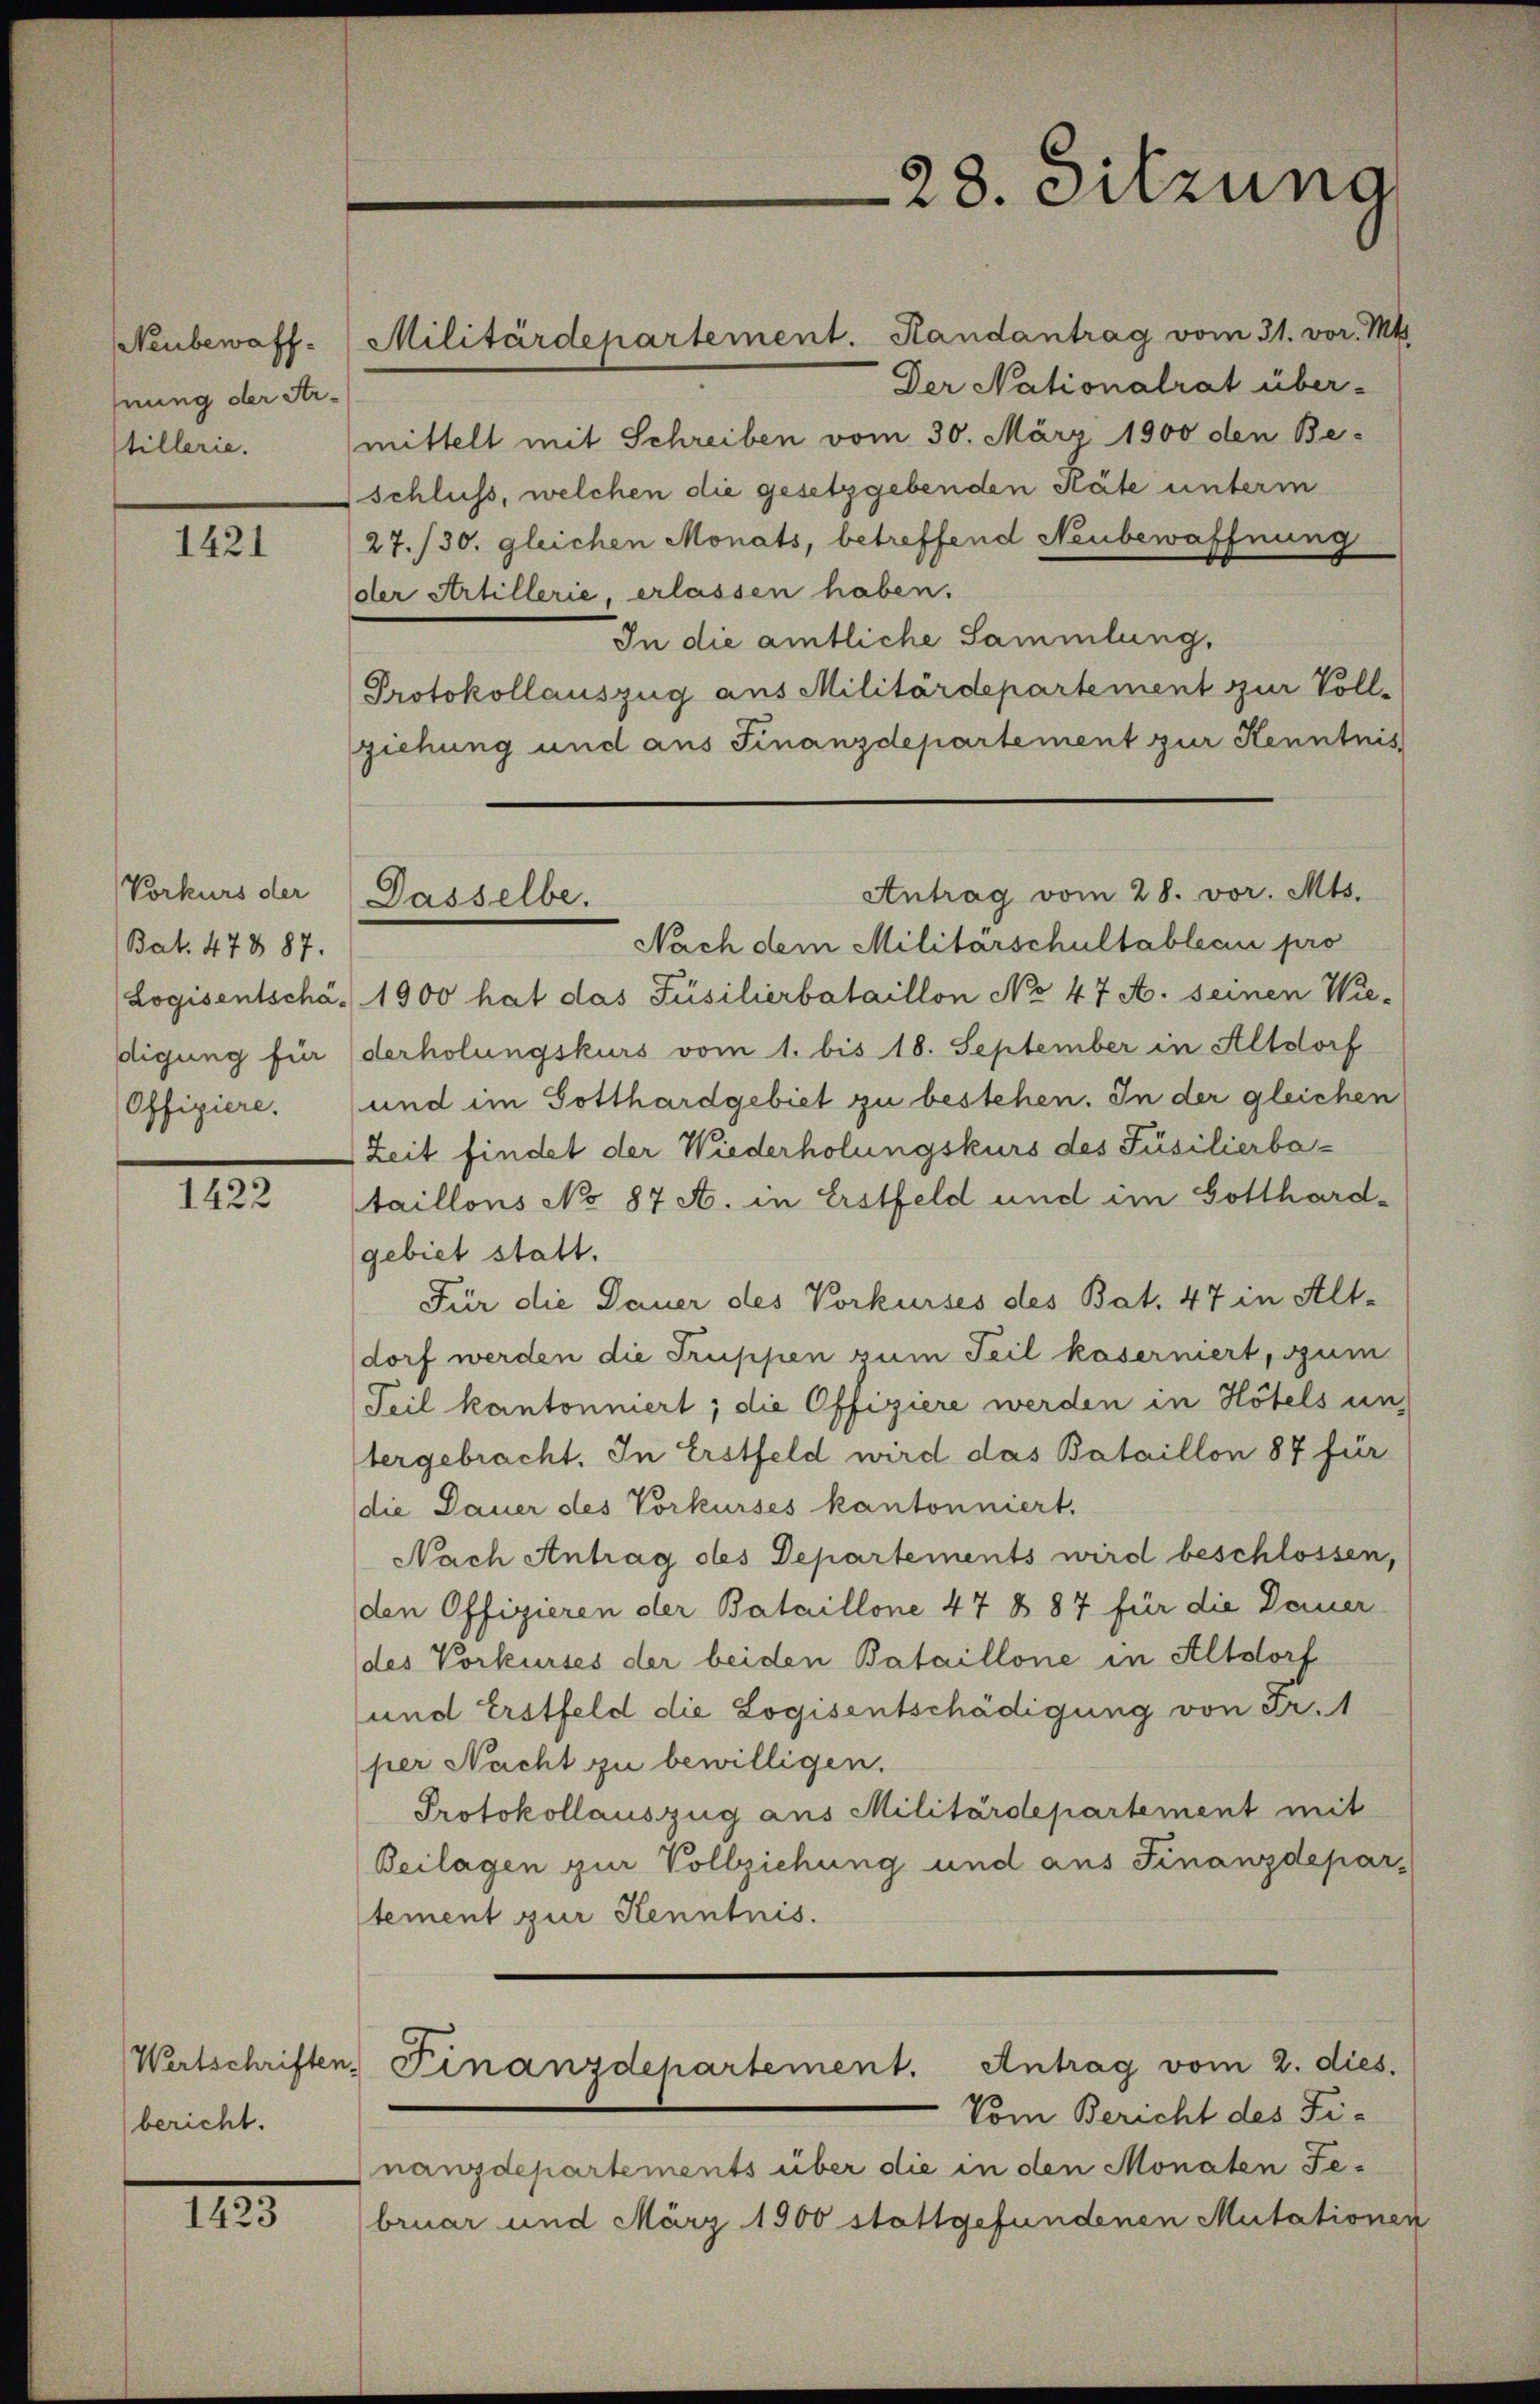
Neubewaffnung der Artillerie.

1421

Vorkurs der
Bat. 478 87.
(Logis entschädigung für
Offiziere.

1422

Wertschriften.
bericht.

1423

Militärdepartement. Handantrag vom 31. vor. Mts.
Der Nationalrat über-
mittelt mit Schreiben vom 30. März 1900 den Be-
schluss, welchen die gesetzgebenden Räte unterm
27./30. gleichen Monats, betreffend Neubewaffnung
der Artillerie, erlassen haben.
In die amtliche Sammlung,
Protokollauszug aus Militärdepartement zur Voll-
ziehung und aus Finanzdepartement zur Kenntnis
Nach dem Militarschultableau pro
1900 hat das Füsilierbataillon No 47 A. seinen Wie-
derholungskurs vom 1. bis 18. September in Altdorf
und im Gotthardgebiet zu bestehen. In der gleichen
Zeit findet der Wiederholungskurs des Püsilierbataillons No 87 A. in Erstfeld und im Gotthard-
gebiet statt.
Für die Dauer des Vorkurses des Bat. 47 in Alt-
dorf werden die Truppen zum Teil kaserniert, zum
Teil kantonniert; die Offiziere werden in Hotels un
tergebracht. In Erstfeld wird das Bataillon 87 für
die Dauer des Vorkurses kantonniert.
Nach Antrag des Departements wird beschlossen,
den Offizieren der Bataillone 47 § 87 für die Dauer
des Vorkurses der beiden Bataillone in Altdorf
und Erstfeld die Logisentschädigung von Fr. 1
per Nacht zu bewilligen.
Protokollauszug aus Militärdepartement mit
Beilagen zur Vollziehung und aus Finanzdepar-
stement zur Kenntnis.

Dasselbe.

Finanzdepartement. Antrag vom 2. dies.

28. Sitzung

Antrag vom 28. vor. Mts.

Vom Bericht des Fi-
nanzdepartements über die in den Monaten Februar und März 1900 stattgefundenen Mutationen